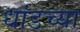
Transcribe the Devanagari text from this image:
धांडच्या